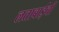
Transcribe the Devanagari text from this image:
लताबाईंची